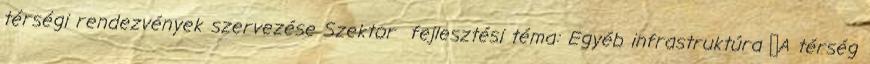
térségi rendezvények szervezése Szektor fejlesztési téma: Egyéb infrastruktúra ▪A térség